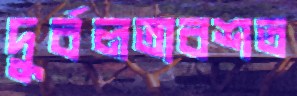
দুর্বলতাবশত